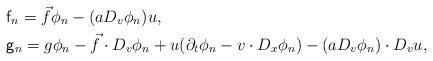
LaTeX: \begin{align*}&\mathsf{f}_n = \vec f \phi_n - (a D_v \phi_n) u, \\&\mathsf{g}_n = g \phi_n - \vec f \cdot D_v \phi_n+ u (\partial_t \phi_n - v \cdot D_x \phi_n) - (a D_v \phi_{ n } ) \cdot D_v u,\end{align*}